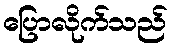
ပြောလိုက်သည်